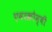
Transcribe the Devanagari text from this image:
एबरक्रौम्बी